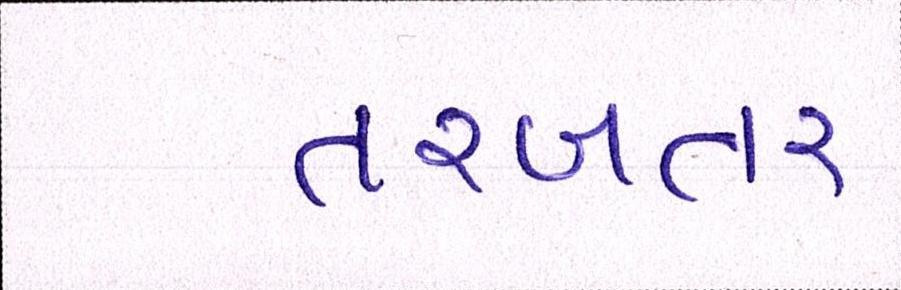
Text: તરબતર